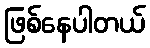
ဖြစ်နေပါတယ်